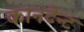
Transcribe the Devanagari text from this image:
कानटेन्‍ट